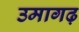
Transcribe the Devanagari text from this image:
उमागढ़